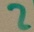
Text: 2